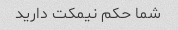
شما حکم نیمکت دارید